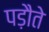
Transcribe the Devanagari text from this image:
पड़ौते